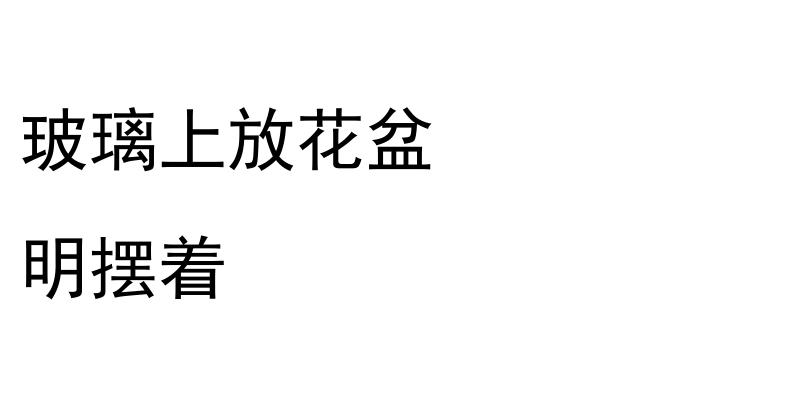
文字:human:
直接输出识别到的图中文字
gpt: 玻璃上放花盆 明摆着